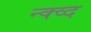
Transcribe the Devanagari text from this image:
न्क्व्द